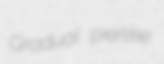
Gradual pierlike